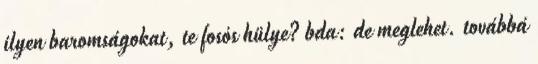
ilyen baromságokat, te fosós hülye? bda: de meglehet. továbbá